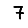
Digit: 7